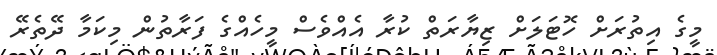
މީގެ އިތުރަށް ހޮޓަލަށް ޒިޔާރަތް ކުރާ އެއްވެސް މީހެއްގެ ފަރާތުން މިކަމާ ދޭތެރޭ